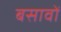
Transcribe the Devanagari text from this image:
बसावों